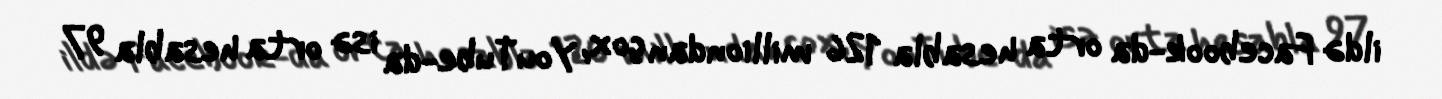
ildə Facebook-da orta hesabla 126 milliondan çox, YouTube-da isə orta hesabla 97